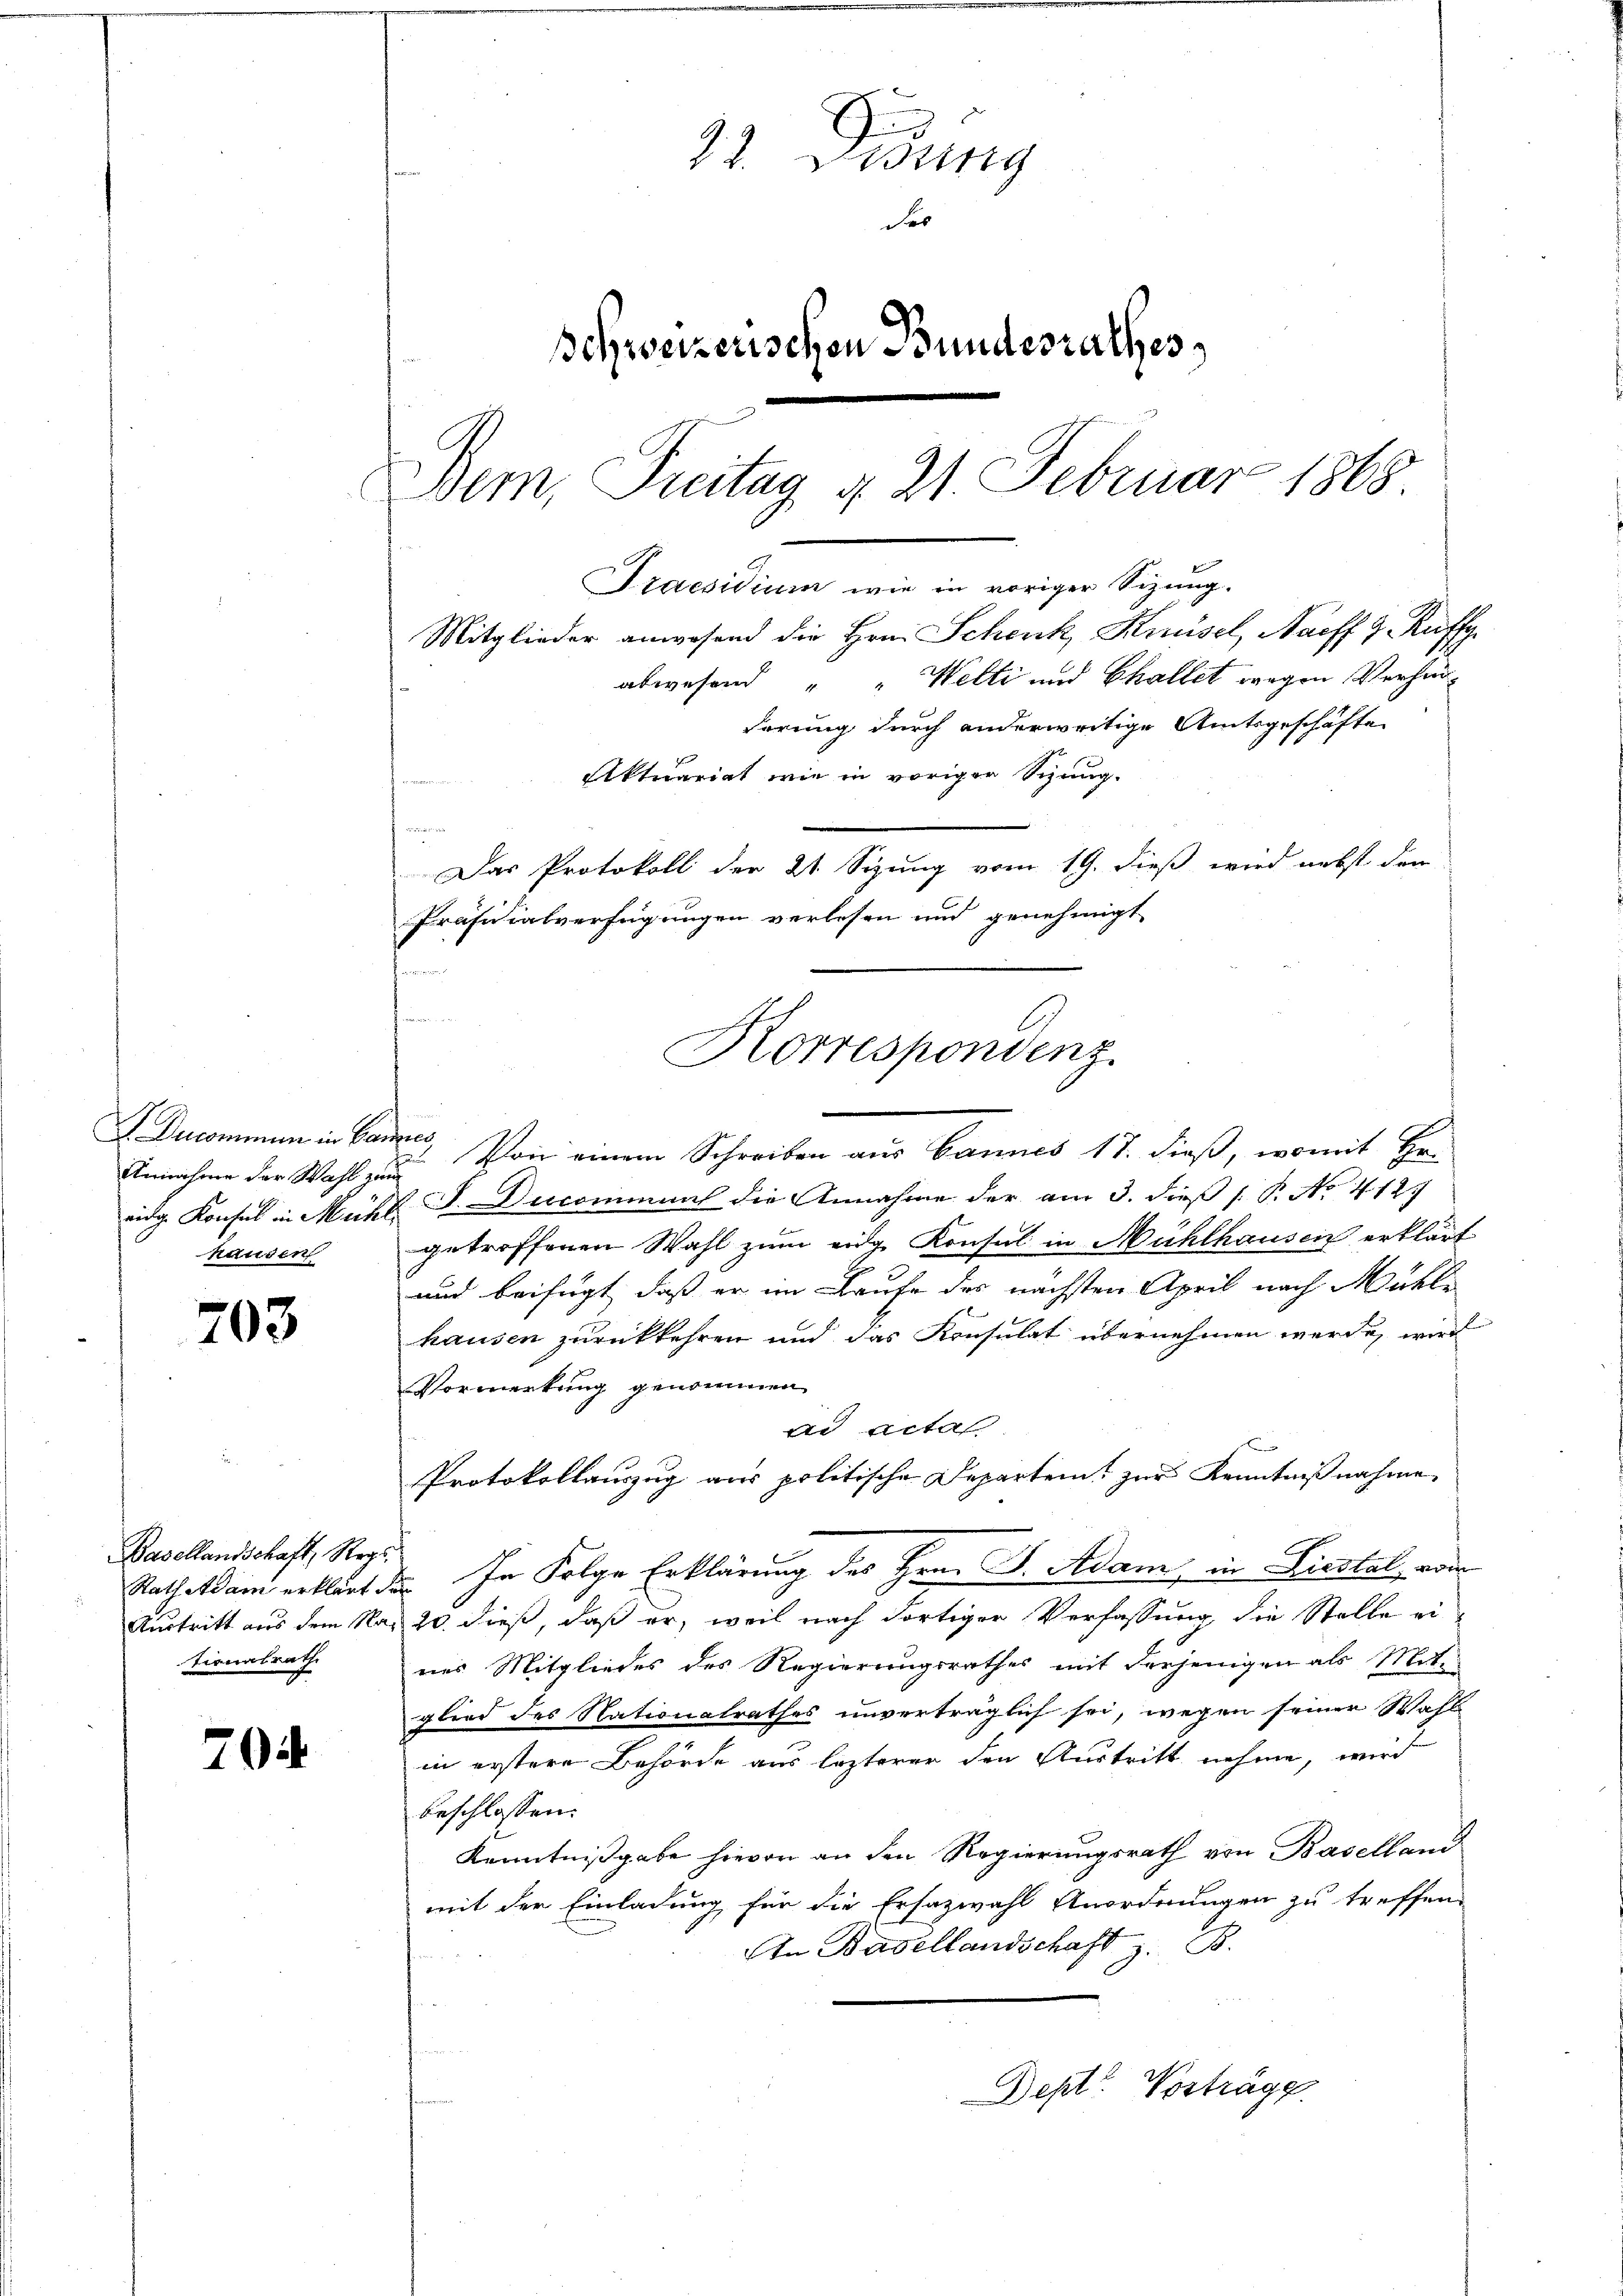
Annahme der Wahl zum
hausen

203

Basellandschaft, Regi
Rath Adam erklärt
tionalrath

70

22. Didung
des
Schweizerischen Bundesrathes
Bem, Freitag d. 21. Februar 1868.
Praesidium wie in voriger Sizung.
Mitglieder anwesend die Hrn. Schenk Knüsel, Harff 9. Auff
abwesend " " Welti und Challet wegen Verhänderung durch anderweitige Amtsgeschäfte

B

Das Protokoll der 21 Sizung vom 19. dieß wird nebst den
Präsidialverfügungen verlesen und genehmigt
2212
n
Korrespondenz.

.
I Ducommen in Bannes, Von einem Schreiben aus Bannes 17. dieß, womit Hr.
eidg. Konsul in Mähl J. Ducommuns die Annahme der am 3. dieß ( P. No. 412.
getroffenen Wahl zum eige Konsul in Mühlhausen erklärt
und beifügt, daß er im Laufe der nächsten April nach Mühle
hausen zurückkehren und das Konsulat übernehmen werde, wird
Vormerkung genommen
de Actal
Protokollauszug aus politische Departeit zur Kenntnißnahme,
2. In Folge Erklärung des Hrn. F. Adam, in Liestal, vom
Austritt aus dem Nas 20. dieß, daß er, weil nach dortiger Verfassung die Stelle eines Mitgliedes des Regierungsrathes mit derjenigen als Mite-
glied des Nationalrathes unverträglich sei, wegen seiner Wahl
in erstere Behörde aus lezterer den Austritt nehme, wird
beschlossen:
Kenntnißgabe hievon an den Regierungsrath von Baselland
mit der Einladung für die Ersazwahl Anordnungen zu treffen,
An Basellandschaft z. B.
Dept. Vorträge

Aktuariat wie in vorigen Sizung.